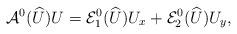
LaTeX: \begin{align*}\mathcal{A}^0(\widehat U) U = \mathcal{E}_1^0(\widehat U)U_x + \mathcal{E}_2^0(\widehat U) U_y,\end{align*}